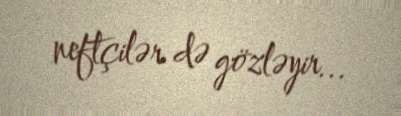
neftçilər də gözləyir...